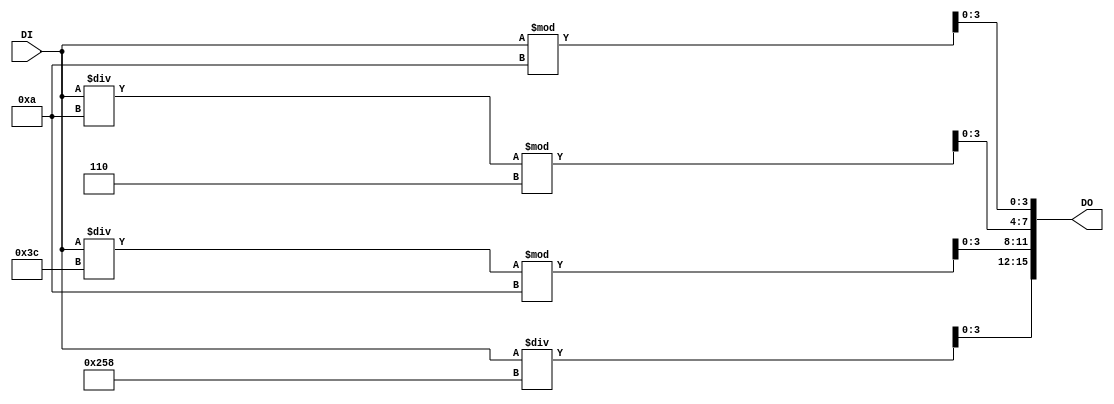
module Time_BCD
(
    DI,
    DO
);
    input [15:0] DI;
    output [15:0] DO;

    assign DO[3:0]=DI % 10;
    assign DO[7:4]=(DI/10)%6;
    assign DO[11:8]=(DI/60)%10;
    assign DO[15:12]=DI/600;
endmodule